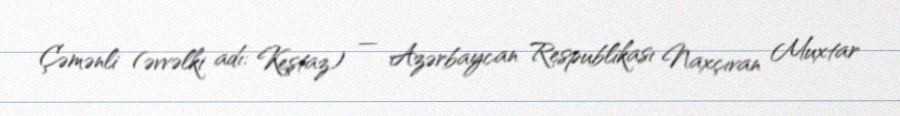
Çəmənli (əvvəlki adı: Keştaz) — Azərbaycan Respublikası Naxçıvan Muxtar